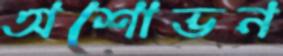
অশোভন